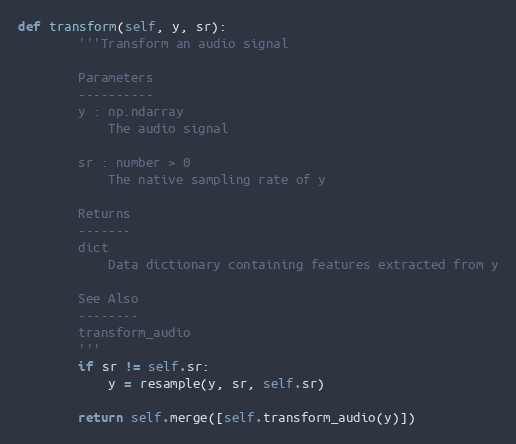
Language: Python
def transform(self, y, sr):
        '''Transform an audio signal

        Parameters
        ----------
        y : np.ndarray
            The audio signal

        sr : number > 0
            The native sampling rate of y

        Returns
        -------
        dict
            Data dictionary containing features extracted from y

        See Also
        --------
        transform_audio
        '''
        if sr != self.sr:
            y = resample(y, sr, self.sr)

        return self.merge([self.transform_audio(y)])